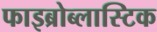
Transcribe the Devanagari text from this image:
फाइब्रोब्लास्टिक